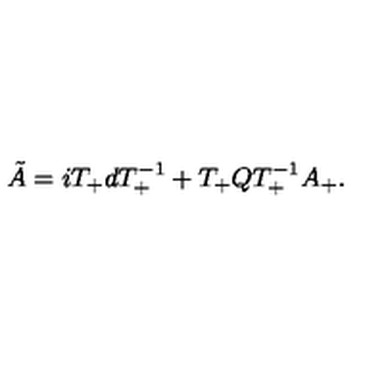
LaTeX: \tilde { A } = i T _ { + } d T _ { + } ^ { - 1 } + T _ { + } Q T _ { + } ^ { - 1 } A _ { + } .